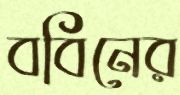
ববিনের